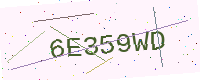
Text: 6E359WD